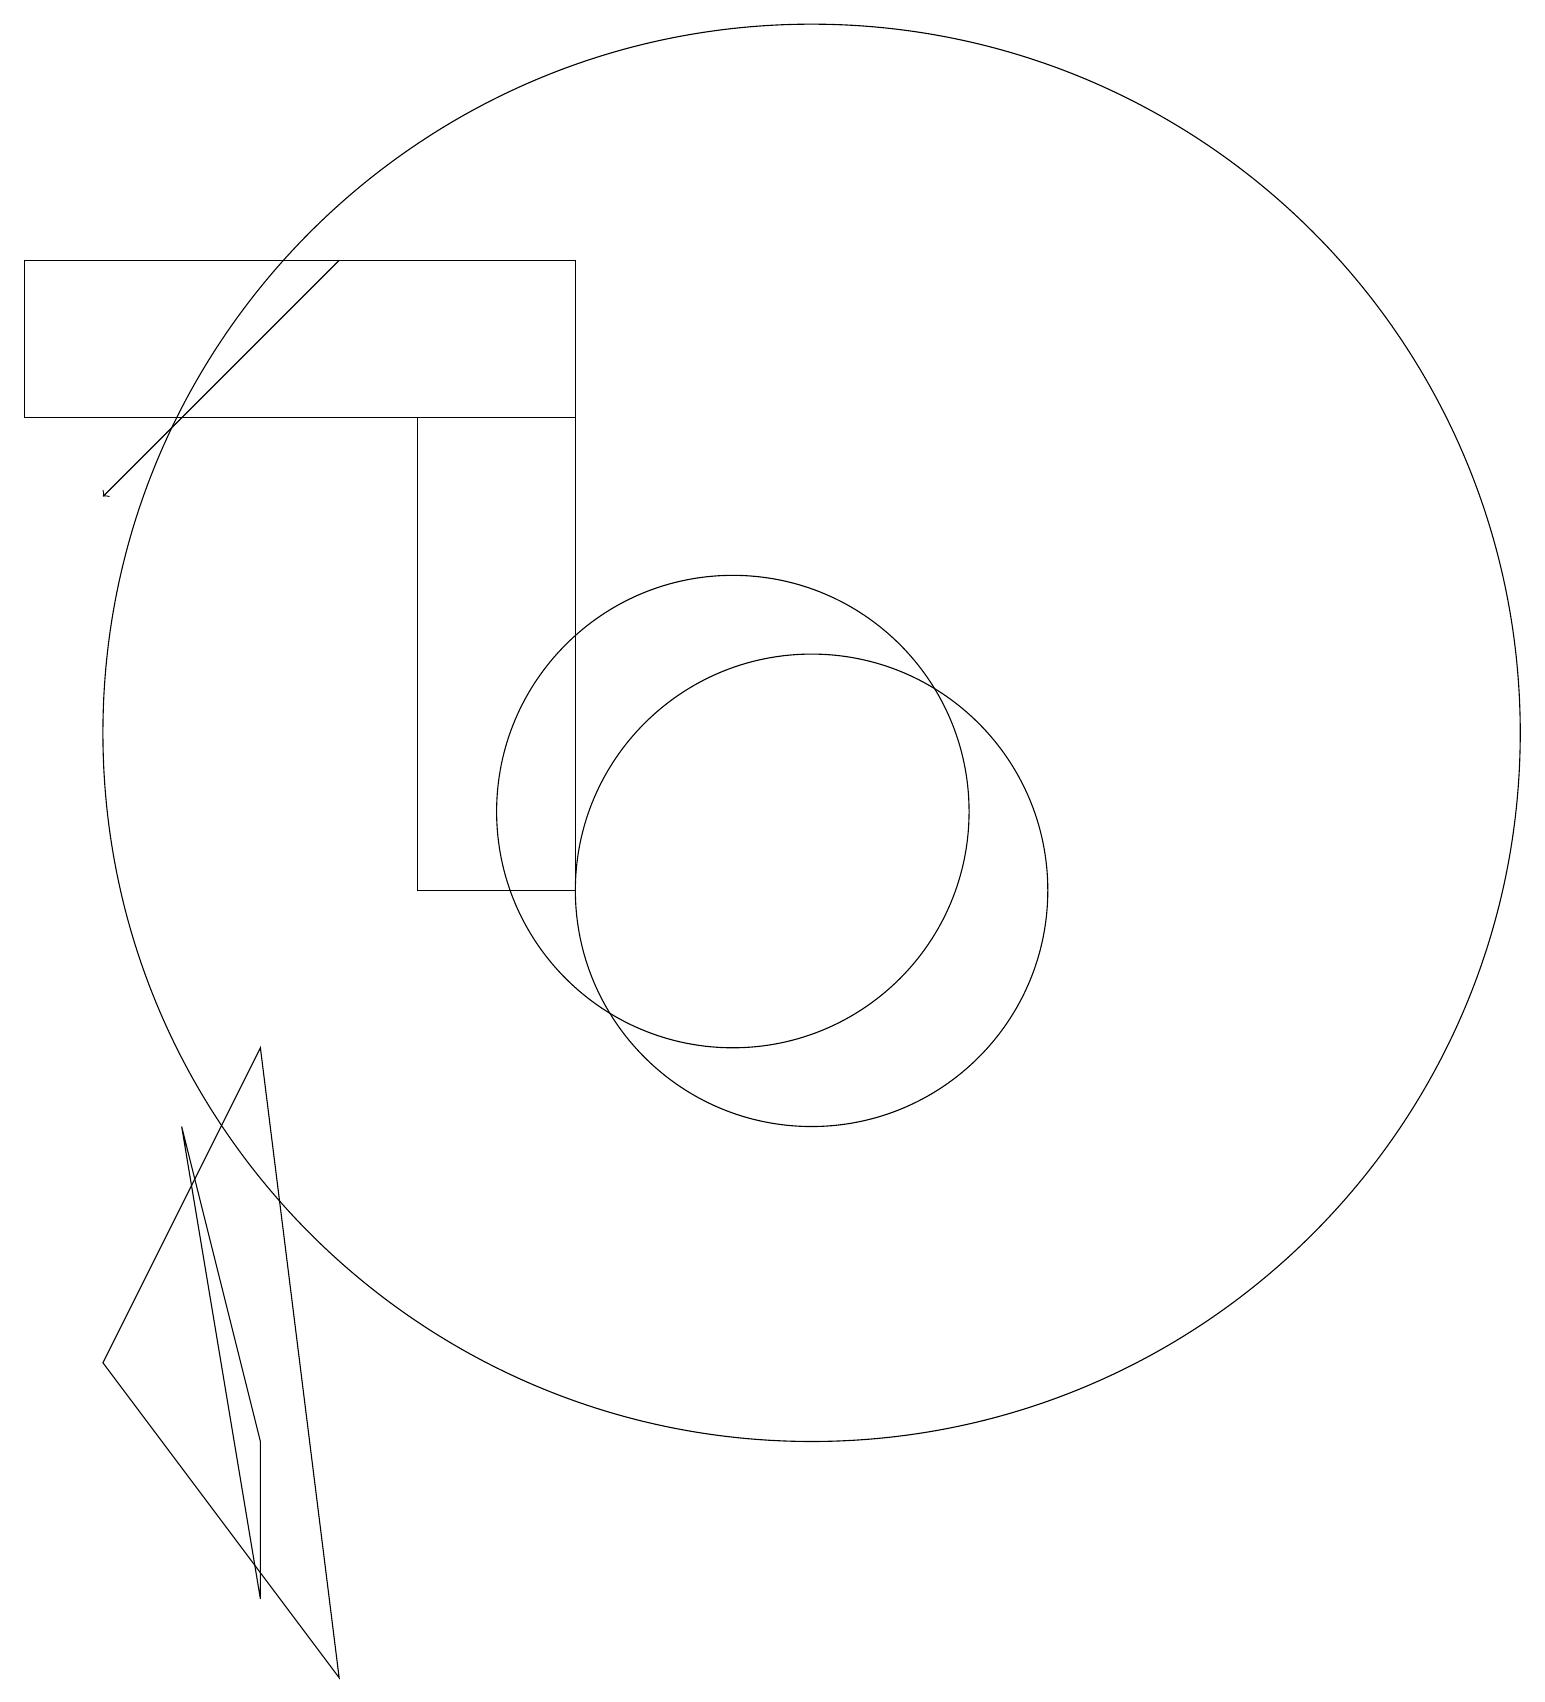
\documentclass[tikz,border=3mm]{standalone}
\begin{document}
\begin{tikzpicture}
\draw (12,12) circle (9);
\draw[->] (6,18) -- (3,15);
\draw (11,11) circle (3);
\draw (2,16) rectangle (9,18);
\draw (7,16) rectangle (9,10);
\draw (12,10) circle (3);
\draw (5,3) -- (5,1) -- (4,7) -- cycle;
\draw (6,0) -- (3,4) -- (5,8) -- cycle;
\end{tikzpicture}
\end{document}